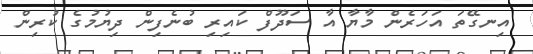
އިނގޭތަ އަހަރެން މާޔާ އާ ސަދޫފް ކައިރި ބުނެފިން ދިޔުމުގެ ކުރިން